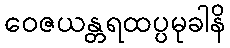
ဝေဇယန္တရထပ္ပမုခါနိ